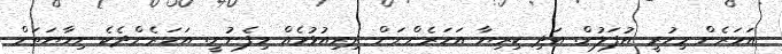
އަހަރެން މިހުރީ އުފަލުން. އަދި ކިރިޔާ އަހަރެންނަށް ދިރިއުޅުމެއް މިފެނުނީ. އަހަރެންދެކެ ނިހާޔަތަށް